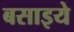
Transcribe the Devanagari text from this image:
बसाइये